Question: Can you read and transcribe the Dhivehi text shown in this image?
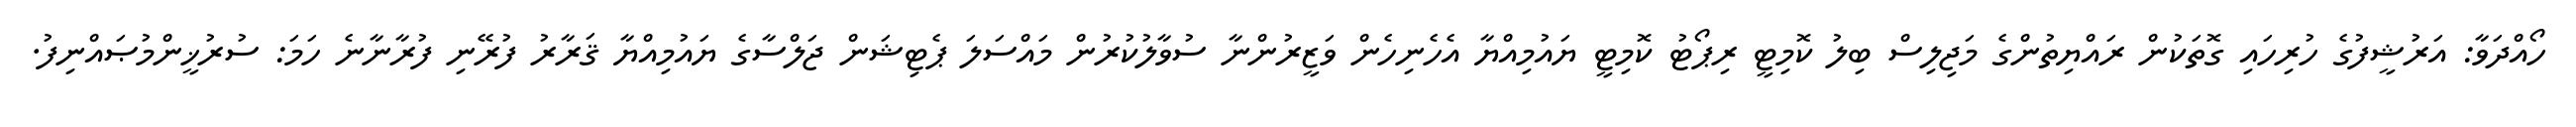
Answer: ހޯއްދަވާ: އަރުޝީފުގެ ހުރިހައި ގޮތަކުން ރައްޔިތުންގެ މަޖިލިސް ބިލު ކޮމިޓީ ރިޕޯޓު ކޮމިޓީ ޔައުމިއްޔާ އެހެނިހެން ވަޒީރުންނާ ސުވާލުކުރުން މައްސަލަ ޕެޓިޝަން ޖަލްސާގެ ޔައުމިއްޔާ ޤަރާރު ފުރޭނި ފުރާނާނެ ހަމަ: ސުރުޚީންމުޞައްނިފު.